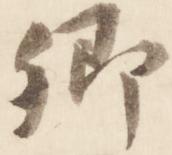
卿